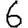
Digit: 6